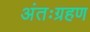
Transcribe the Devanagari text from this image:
अंतःग्रहण